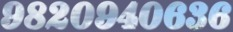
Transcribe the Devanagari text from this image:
९८२०९४०६३६